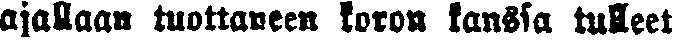
ajallaan tuottaneen koron kanssa tulleet